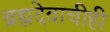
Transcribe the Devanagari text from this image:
ब्रह्मदेवाचीही